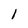
Character: 1